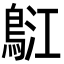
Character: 𪀤